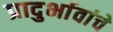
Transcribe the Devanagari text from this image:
प्रादुर्भावांचे